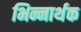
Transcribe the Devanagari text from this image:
भिन्नार्थक